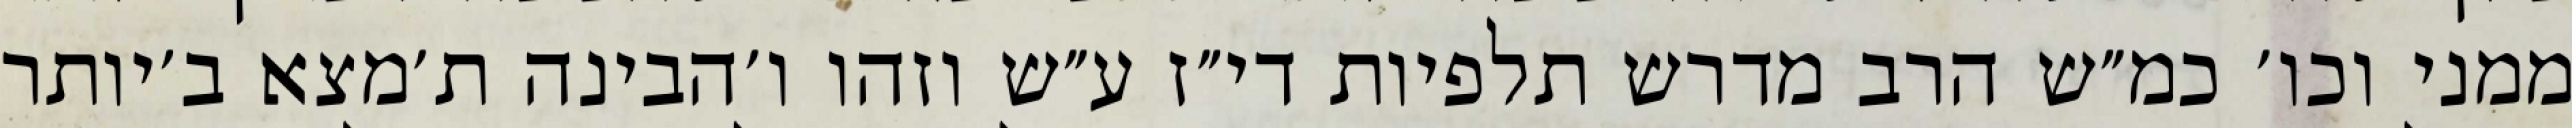
ממני וכו׳ כמ״ש הרב מדרש תלפיות די״ז ע״ש וזהו ו׳הבינה ת׳מצא ב׳יותר